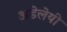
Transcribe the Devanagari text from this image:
अडेलेयी